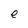
Character: e